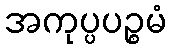
အကုပ္ပပဉ္စမံ